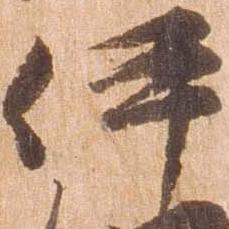
伊